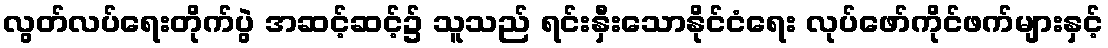
လွတ်လပ်ရေးတိုက်ပွဲ အဆင့်ဆင့်၌ သူသည် ရင်းနှီးသောနိုင်ငံရေး လုပ်ဖော်ကိုင်ဖက်များနှင့်